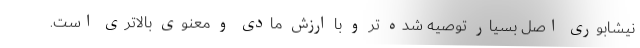
نیشابوری اصل بسیار توصیه شده‌ تر و با ارزش مادی و معنوی بالاتری است.